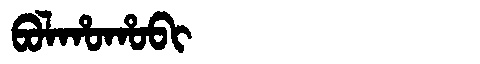
Manchu: ᠪᠣᠯᡥᠣᡥᠣᠪᡳ
Romanization: BOLHOHOBI